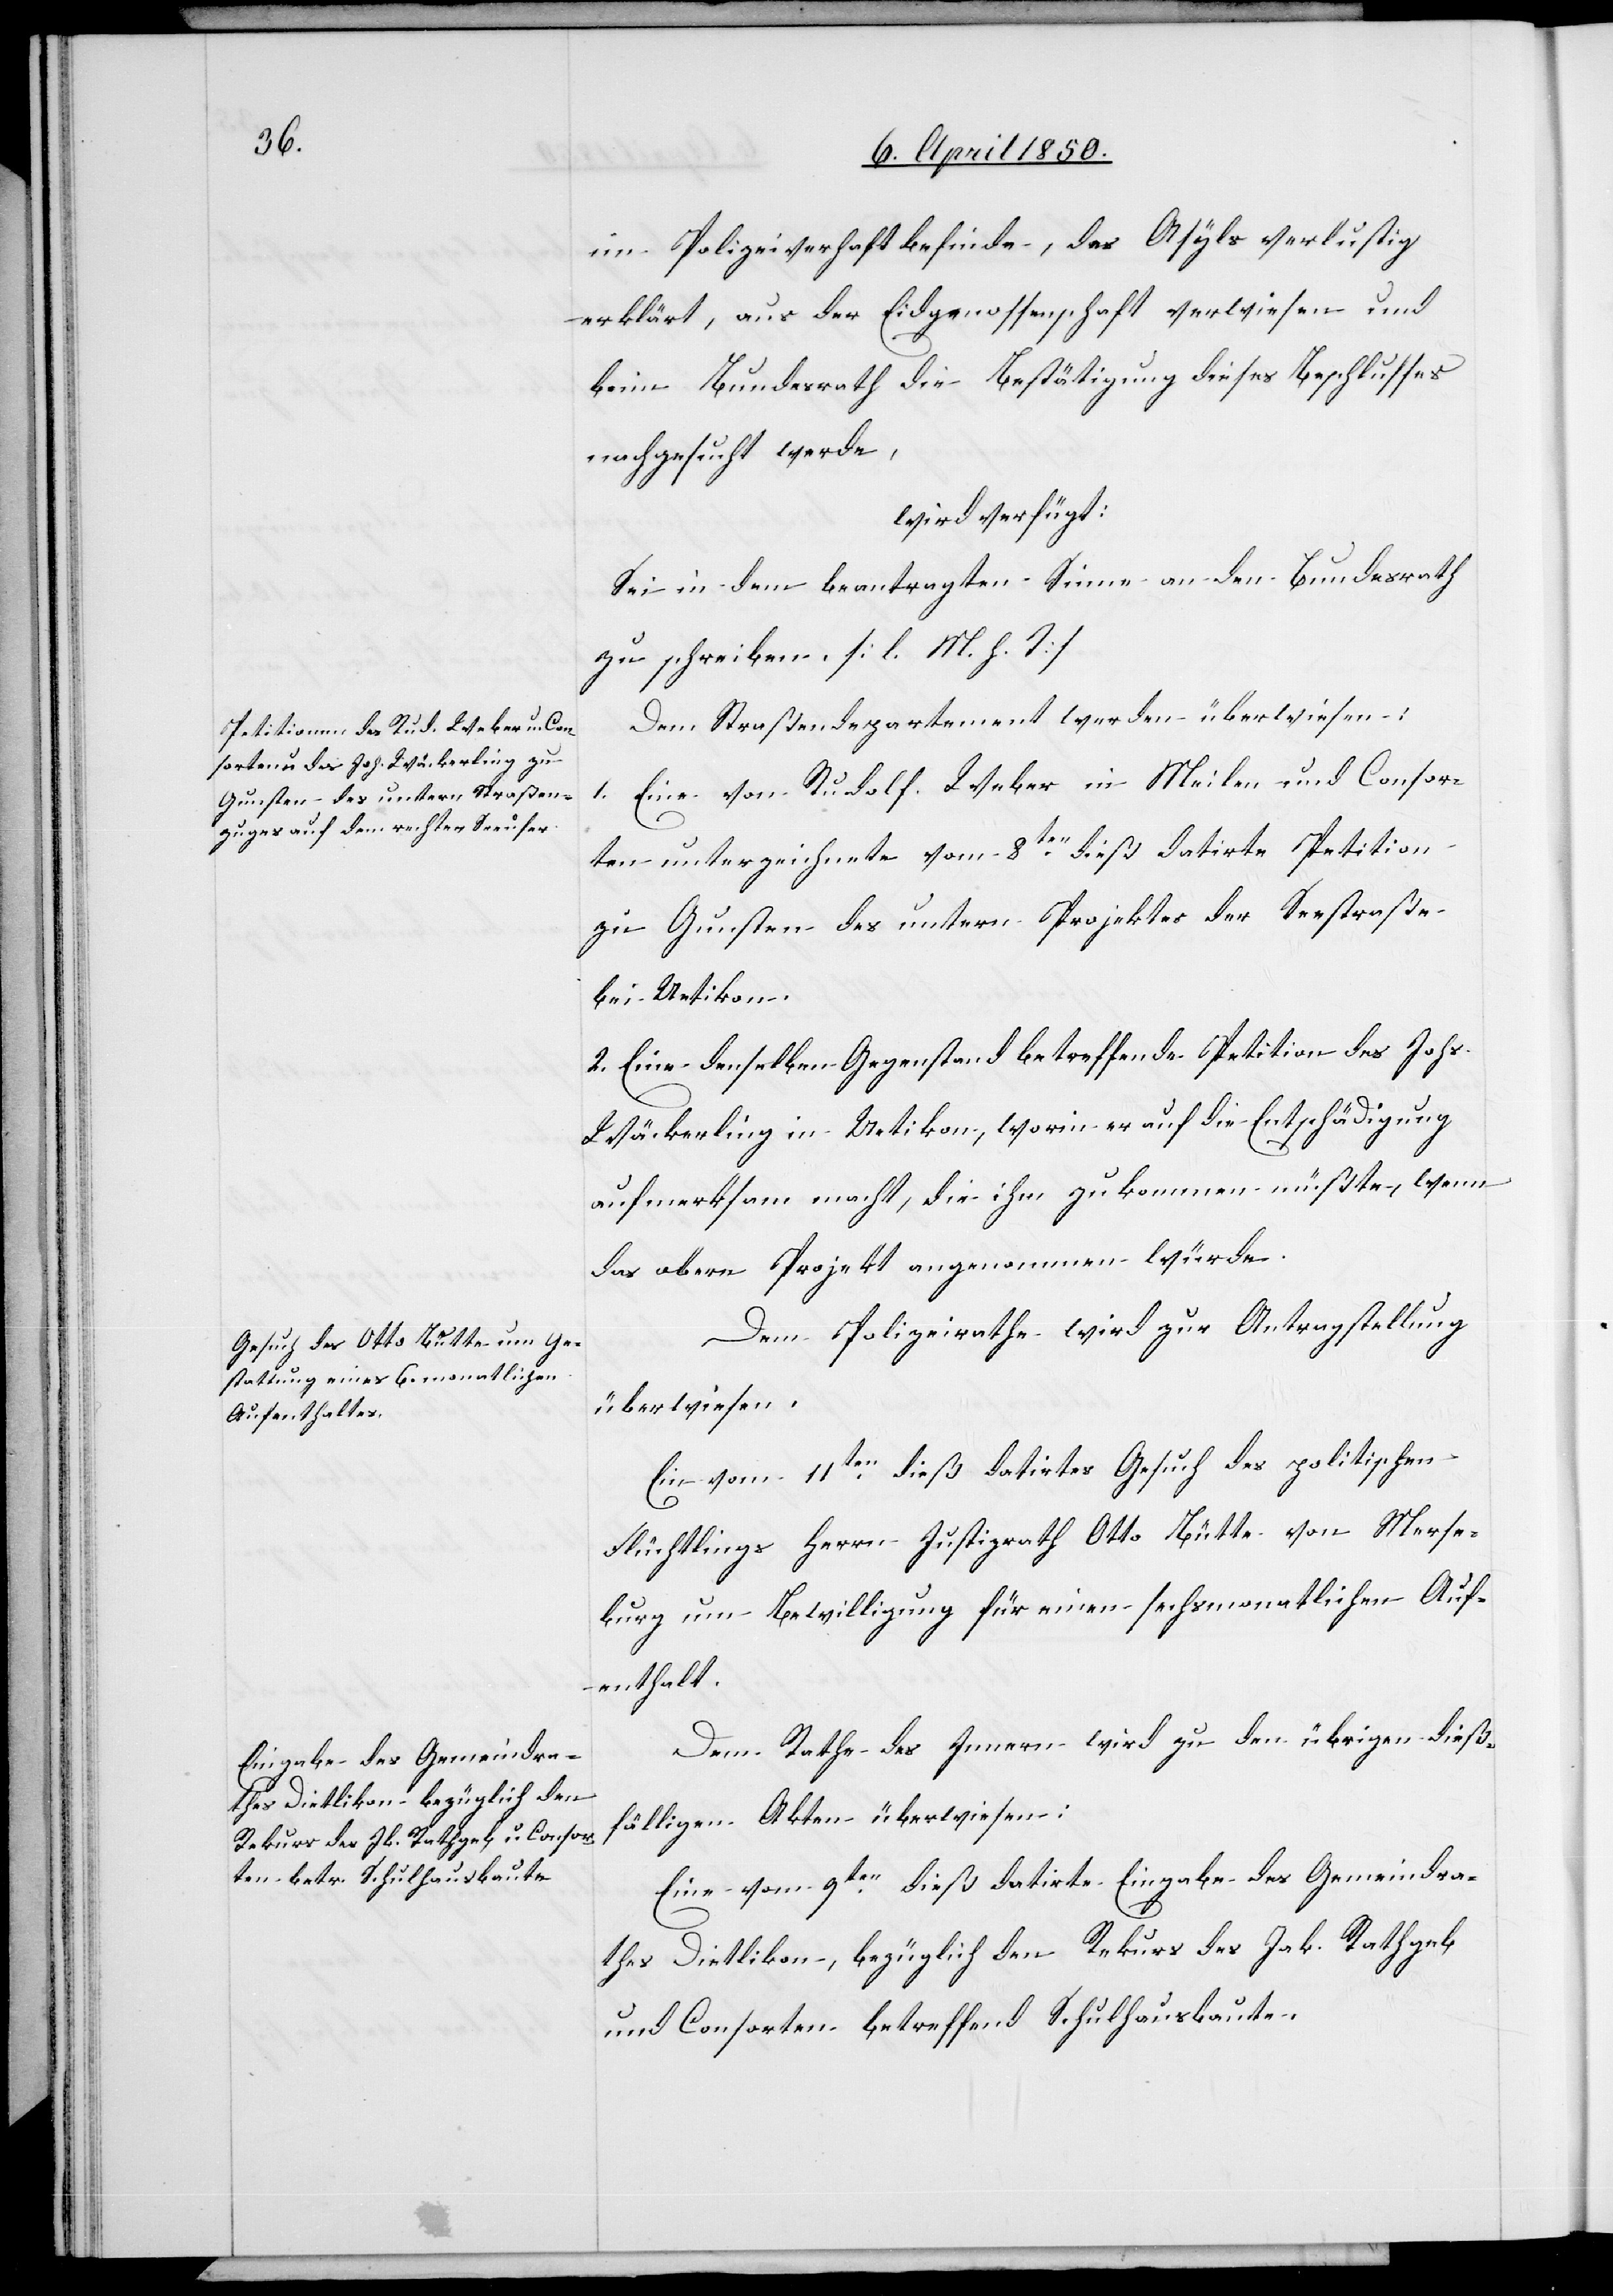
12t April 1850.]
im Polizeiverhaft befinde, des Asyls verlustig
erklärt, aus der Eidgenossenschaft verwiesen und
beim Bundesrath die Bestätigung dieses Beschlusses
nachgesucht werde,
wird verfügt:
Sei in dem beantragten Sinne an den Bundesrath
zu schreiben. [l. M. h. T]
Dem Straßendepartement werden überwiesen:
Eine von Rudolf Weber in Meilen und Consor¬
1.
ten unterzeichnete vom 8ten dieß datirte Petition
zu Gunsten des untern Projektes der Seestraße
bei Uetikon.
2. Eine denselben Gegenstand betreffende Petition des Johs.
Wäckerling in Uetikon, worin er auf die Entschädigung
aufmerksam macht, die ihm zukommen müßte, wenn
das obere Projekt angenommen würde.
Dem Polizeirathe wird zur Antragstellung
überwiesen:
Ein vom 11ten dieß datirtes Gesuch des politischen
Flüchtlings Herrn Justizrath Otto Bütte von Merse¬
burg um Bewilligung für einen sechsmonatlichen Auf¬
enthalt.
Dem Rathe des Innern wird zu den übrigen dieß¬
fälligen Akten überwiesen:
Eine vom 9ten dieß datirte Eingabe des Gemeindra¬
thes Dietlikon, bezüglich den Rekurs des Jak. Rathgeb
und Consorten betreffend Schulhausbaute.